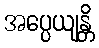
အပ္ပေယျန္တိ